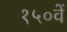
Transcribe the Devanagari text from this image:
१५०वें